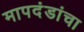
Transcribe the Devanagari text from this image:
मापदंडांचा